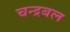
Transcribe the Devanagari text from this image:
चन्द्रबल